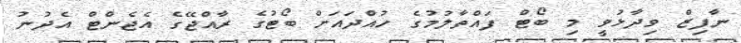
ނާފިޒް ވިދާޅުވީ މި ބޯޓް ފައްތާލުމުގެ ހުއްދައަށް ބޯޓުގެ ރާއްޖޭގެ އެޖެންޓް އެދުނު